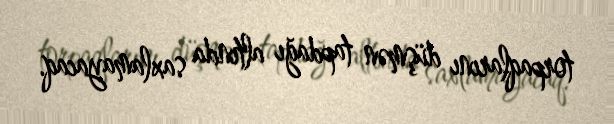
torpaqlarını düşmən tapdağı altında saxlamayacaq.